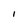
Character: I